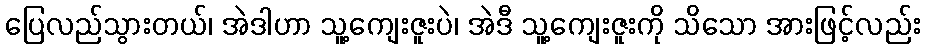
ပြေလည်သွားတယ်၊ အဲဒါဟာ သူ့ကျေးဇူးပဲ၊ အဲဒီ သူ့ကျေးဇူးကို သိသော အားဖြင့်လည်း